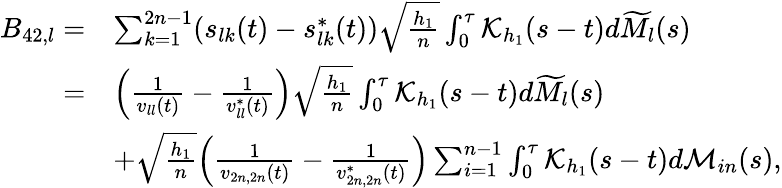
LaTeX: \begin{array}{rl}{B_{42,l}=}&{\sum_{k=1}^{2n-1}(s_{lk}(t)-s_{lk}^{*}(t))\sqrt{\frac{h_{1}}{n}}\int_{0}^{\tau}\mathcal{K}_{h_{1}}(s-t)d\widetilde M_{l}(s)}\\ {=}&{\Big(\frac{1}{v_{ll}(t)}-\frac{1}{v_{ll}^{*}(t)}\Big)\sqrt{\frac{h_{1}}{n}}\int_{0}^{\tau}\mathcal{K}_{h_{1}}(s-t)d\widetilde M_{l}(s)}\\ &{+\sqrt{\frac{h_{1}}{n}}\Big(\frac{1}{v_{2n,2n}(t)}-\frac{1}{v_{2n,2n}^{*}(t)}\Big)\sum_{i=1}^{n-1}\int_{0}^{\tau}\mathcal{K}_{h_{1}}(s-t)d\mathcal{M}_{in}(s),}\end{array}